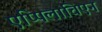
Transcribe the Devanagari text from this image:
एप्पिलाचिएन